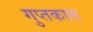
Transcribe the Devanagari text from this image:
गुप्‍तकाल